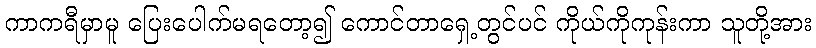
ကာကရီမှာမူ ပြေးပေါက်မရတော့၍ ကောင်တာရှေ့တွင်ပင် ကိုယ်ကိုကုန်းကာ သူတို့အား